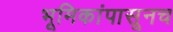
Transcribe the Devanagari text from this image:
भूमिकांपासूनच